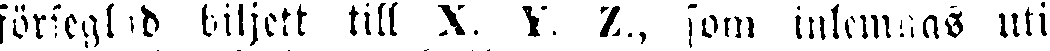
förseglad biljett till X. Y. Z., som inlemnas uti